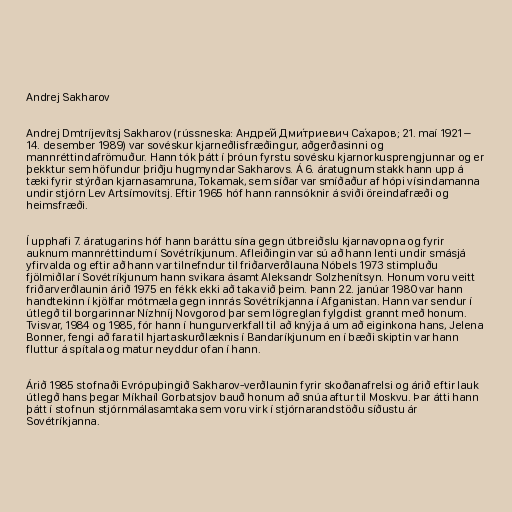
Andrej Sakharov

Andrej Dmtríjevítsj Sakharov (rússneska: Андре́й Дми́триевич Са́харов; 21. maí 1921 –
14. desember 1989) var sovéskur kjarneðlisfræðingur, aðgerðasinni og
mannréttindafrömuður. Hann tók þátt í þróun fyrstu sovésku kjarnorkusprengjunnar og er
þekktur sem höfundur þriðju hugmyndar Sakharovs. Á 6. áratugnum stakk hann upp á
tæki fyrir stýrðan kjarnasamruna, Tokamak, sem síðar var smíðaður af hópi vísindamanna
undir stjórn Lev Artsímovítsj. Eftir 1965 hóf hann rannsóknir á sviði öreindafræði og
heimsfræði.

Í upphafi 7. áratugarins hóf hann baráttu sína gegn útbreiðslu kjarnavopna og fyrir
auknum mannréttindum í Sovétríkjunum. Afleiðingin var sú að hann lenti undir smásjá
yfirvalda og eftir að hann var tilnefndur til friðarverðlauna Nóbels 1973 stimpluðu
fjölmiðlar í Sovétríkjunum hann svikara ásamt Aleksandr Solzhenítsyn. Honum voru veitt
friðarverðlaunin árið 1975 en fékk ekki að taka við þeim. Þann 22. janúar 1980 var hann
handtekinn í kjölfar mótmæla gegn innrás Sovétríkjanna í Afganistan. Hann var sendur í
útlegð til borgarinnar Nízhníj Novgorod þar sem lögreglan fylgdist grannt með honum.
Tvisvar, 1984 og 1985, fór hann í hungurverkfall til að knýja á um að eiginkona hans, Jelena
Bonner, fengi að fara til hjartaskurðlæknis í Bandaríkjunum en í bæði skiptin var hann
fluttur á spítala og matur neyddur ofan í hann.

Árið 1985 stofnaði Evrópuþingið Sakharov-verðlaunin fyrir skoðanafrelsi og árið eftir lauk
útlegð hans þegar Míkhaíl Gorbatsjov bauð honum að snúa aftur til Moskvu. Þar átti hann
þátt í stofnun stjórnmálasamtaka sem voru virk í stjórnarandstöðu síðustu ár
Sovétríkjanna.